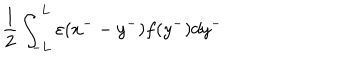
\frac { 1 } { 2 } \int _ { - L } ^ { L } { \varepsilon } ( x ^ { -- } y ^ { - } ) f ( y ^ { - } ) d y ^ { - }